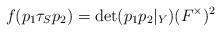
LaTeX: \begin{align*} f(p_1\tau_Sp_2) = \det(p_1p_2|_Y)(F^{\times})^2\end{align*}